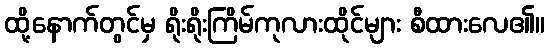
ထို့နောက်တွင်မှ ရိုးရိုးကြိမ်ကုလားထိုင်များ စီထားလေ၏။